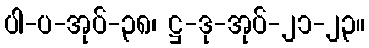
ပါ-ပ-အုပ်-၃၈၊ ဋ္ဌ-ဒု-အုပ်-၂၁-၂၃။